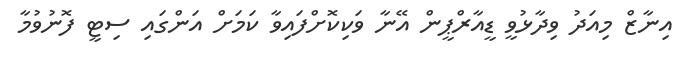
އިނާޒް މިއަދު ވިދާޅުވީ ޑީއާރްޕީން އޭނާ ވަކިކޮށްފައިވާ ކަމަށް އަންގައި ސިޓީ ފޮނުވުމާ